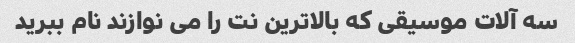
سه آلات موسیقی که بالاترین نت را می نوازند نام ببرید